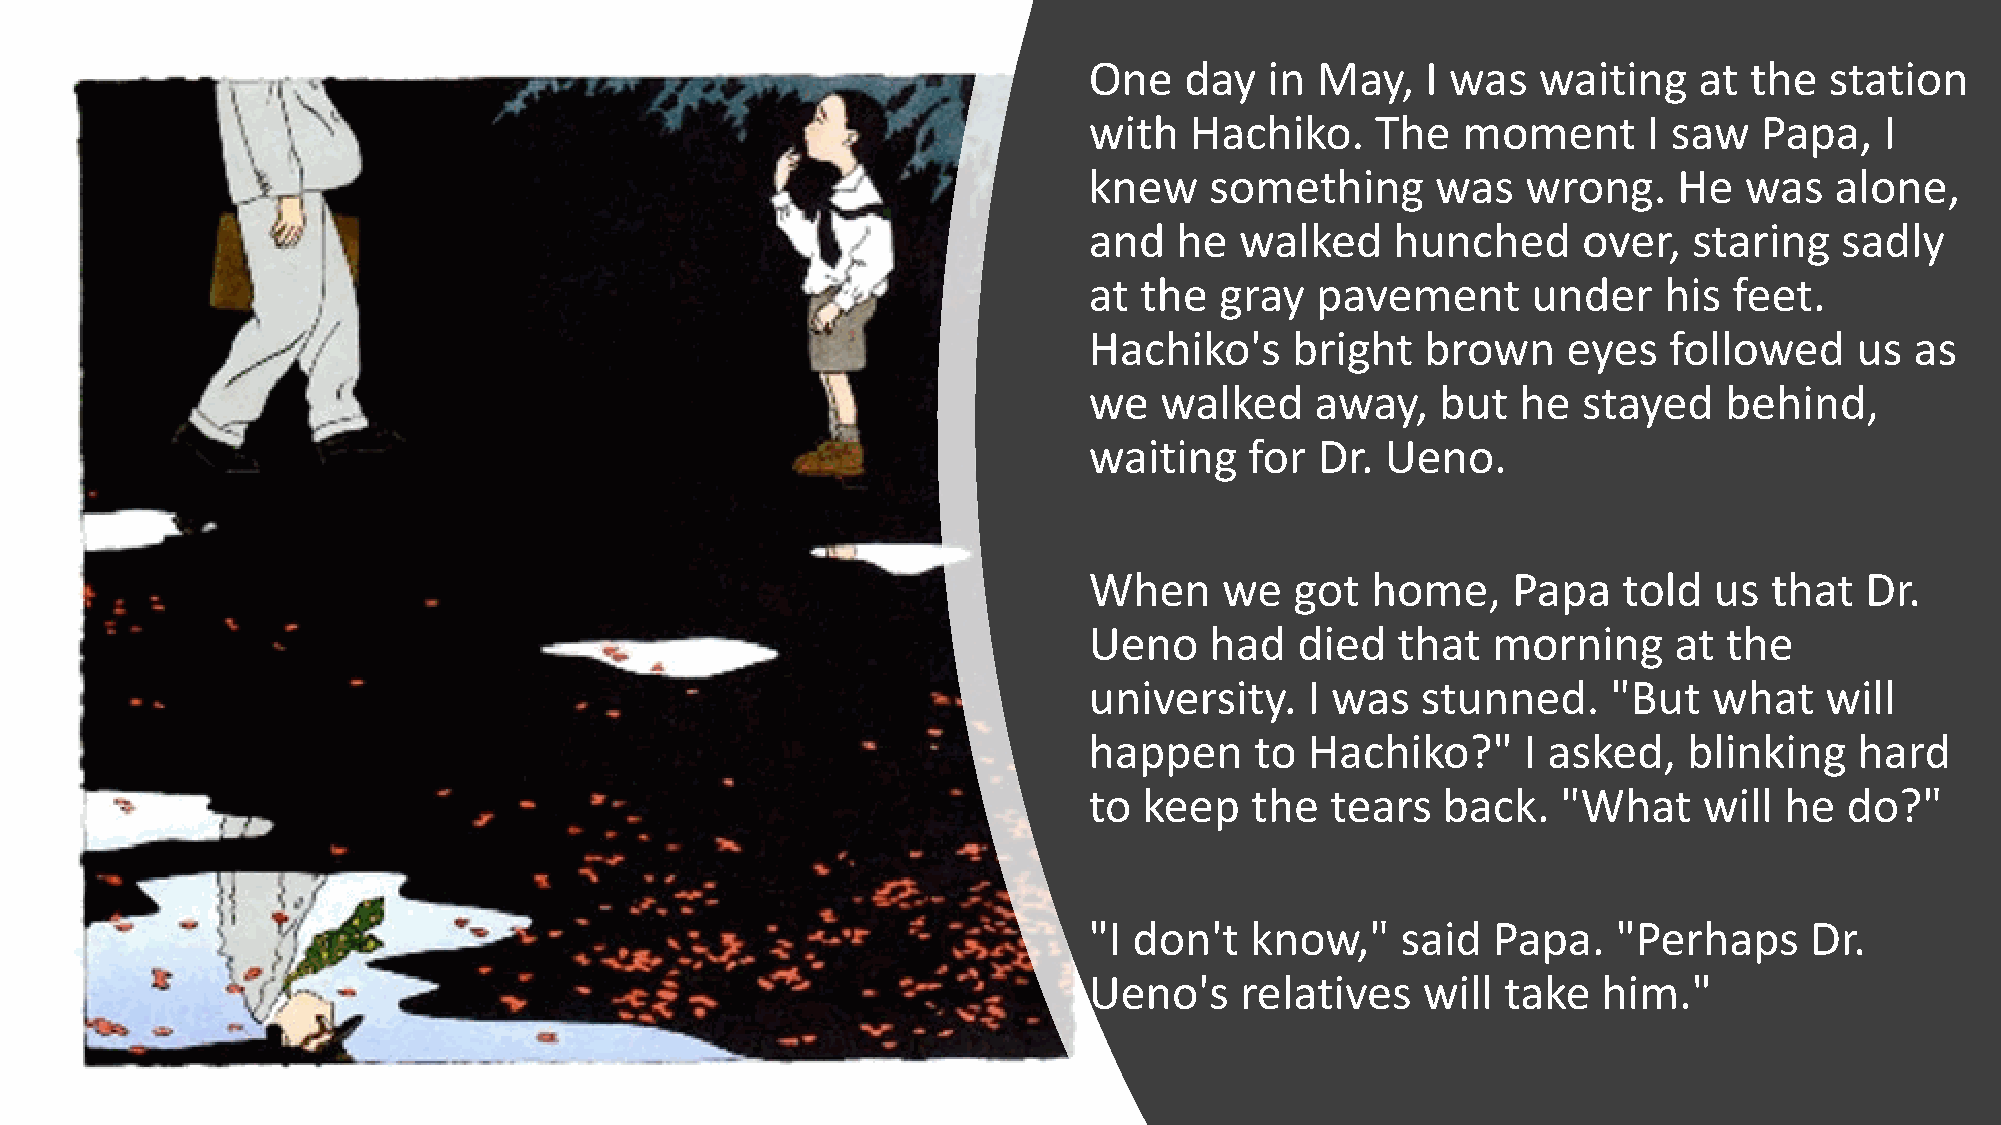
One   day   in May,   I was   waiting   at  the  station
 with   Hachiko.    The   moment      I saw   Papa,   I
 knew    something      was   wrong.    He  was   alone,
 and   he  walked    hunched      over,  staring   sadly
 at the   gray  pavement      under    his  feet.
 Hachiko's    bright   brown     eyes  followed     us  as
 we   walked    away,   but   he  stayed   behind,
 waiting    for Dr.  Ueno.
 When     we   got  home,    Papa   told  us  that  Dr.
 Ueno    had   died  that   morning     at the
 university.    I was  stunned.     "But  what    will
 happen     to  Hachiko?"     I asked,   blinking   hard
 to  keep   the  tears  back.   "What     will he  do?"
 "I don't   know,"    said  Papa.   "Perhaps     Dr.
 Ueno's    relatives   will  take  him."